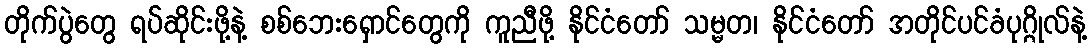
တိုက်ပွဲတွေ ရပ်ဆိုင်းဖို့နဲ့ စစ်ဘေးရှောင်တွေကို ကူညီဖို့ နိုင်ငံတော် သမ္မတ၊ နိုင်ငံတော် အတိုင်ပင်ခံပုဂ္ဂိုလ်နဲ့